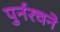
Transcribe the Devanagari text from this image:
पुर्नरचने